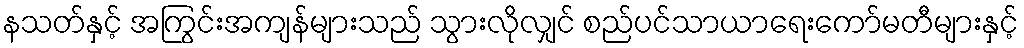
နသတ်နှင့် အကြွင်းအကျန်များသည် သွားလိုလျှင် စည်ပင်သာယာရေးကော်မတီများနှင့်